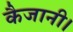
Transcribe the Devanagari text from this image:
कैजानी।